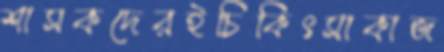
শাসকদেরইচিকিৎসাকাজ